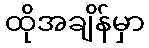
ထိုအချိန်မှာ